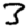
Digit: 3